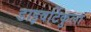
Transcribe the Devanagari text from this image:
डाइवर्टिकुला